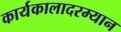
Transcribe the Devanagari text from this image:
कार्यकालादरम्यान